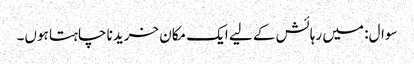
سوال: میں رہائش کے لیے ایک مکان خریدنا چاہتا ہوں۔